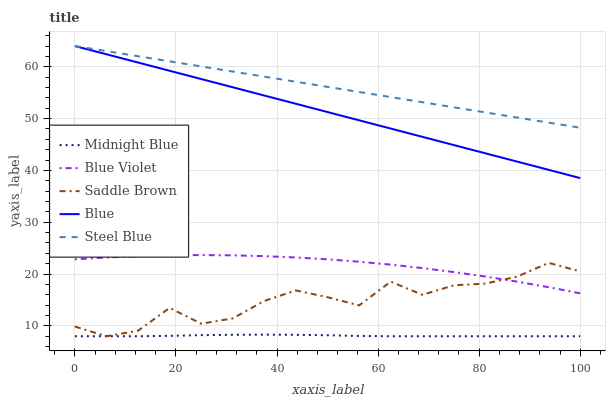
| xaxis_label | Midnight Blue | Blue Violet | Saddle Brown | Blue | Steel Blue |
 | --- | --- | --- | --- | --- | --- |
 | 0 | 8 | 22.8 | 9.87 | 64 | 64 |
 | 6.25 | 8 | 23.2 | 8 | 62.4 | 63 |
 | 12.5 | 8 | 23.5 | 9.06 | 60.8 | 62 |
 | 18.8 | 8.08 | 23.6 | 13.5 | 59.2 | 61 |
 | 25 | 8.21 | 23.7 | 10.4 | 57.6 | 60.1 |
 | 31.2 | 8.29 | 23.6 | 11.4 | 56 | 59.1 |
 | 37.5 | 8.31 | 23.5 | 14.8 | 54.4 | 58.1 |
 | 43.8 | 8.28 | 23.2 | 16.8 | 52.9 | 57.1 |
 | 50 | 8.2 | 22.8 | 15.5 | 51.3 | 56.1 |
 | 56.2 | 8.06 | 22.4 | 14 | 49.7 | 55.1 |
 | 62.5 | 8 | 21.8 | 18.5 | 48.1 | 54.1 |
 | 68.8 | 8 | 21.2 | 16 | 46.5 | 53.2 |
 | 75 | 8 | 20.4 | 17.8 | 44.9 | 52.2 |
 | 81.2 | 8 | 19.5 | 18.2 | 43.3 | 51.2 |
 | 87.5 | 8 | 18.5 | 19.5 | 41.7 | 50.2 |
 | 93.8 | 8 | 17.5 | 22.2 | 40.1 | 49.2 |
 | 100 | 8 | 16.3 | 20.5 | 38.5 | 48.2 |